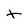
Character: t